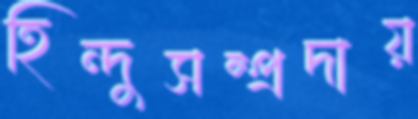
হিন্দুসম্প্রদায়